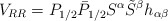
\begin{align*}V_{RR} =P_{1/2}\bar P_{1/2} S^\alpha \tilde S^\beta h_{\alpha\beta}\end{align*}